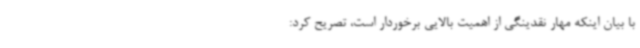
با بیان اینکه مهار نقدینگی از اهمیت بالایی برخوردار است، تصریح کرد: